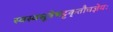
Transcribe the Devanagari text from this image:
स्वस्वसूत्रेभट्टकृतौचज्ञेयः